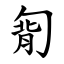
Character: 㔨